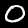
Label: 0